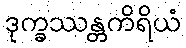
ဒုက္ခဿန္တကိရိယံ